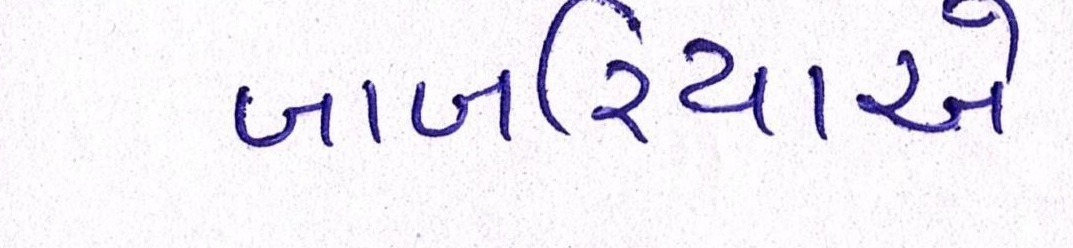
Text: બાબરિયાએ